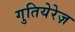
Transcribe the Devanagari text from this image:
गुतियेरेज़